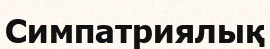
Симпатриялық